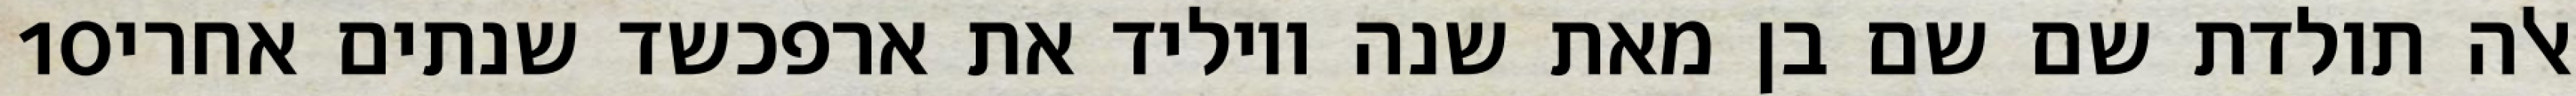
‎10‏ אלה תולדת שם שם בן מאת שנה ויוליד את ארפכשד שנתים אחרי